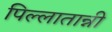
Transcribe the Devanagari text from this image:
पिल्लातान्नी